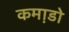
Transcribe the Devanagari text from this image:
कमा़डो